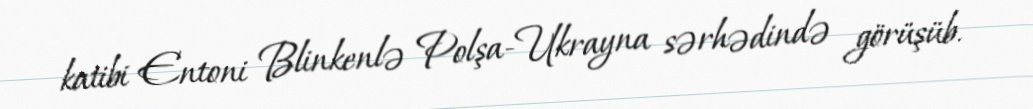
katibi Entoni Blinkenlə Polşa-Ukrayna sərhədində görüşüb.